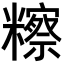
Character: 𥽕